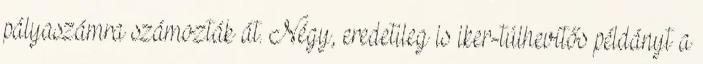
pályaszámra számozták át. Négy, eredetileg is iker-túlhevítős példányt a